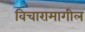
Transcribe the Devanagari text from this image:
विचारामागील